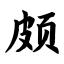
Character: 颇